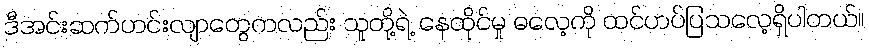
ဒီအင်းဆက်ဟင်းလျာတွေကလည်း သူတို့ရဲ့ နေထိုင်မှု ဓလေ့ကို ထင်ဟပ်ပြသလေ့ရှိပါတယ်။